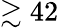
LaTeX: \gtrsim 42